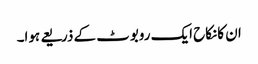
ان کانکاح ایک روبوٹ کے ذریعے ہوا۔